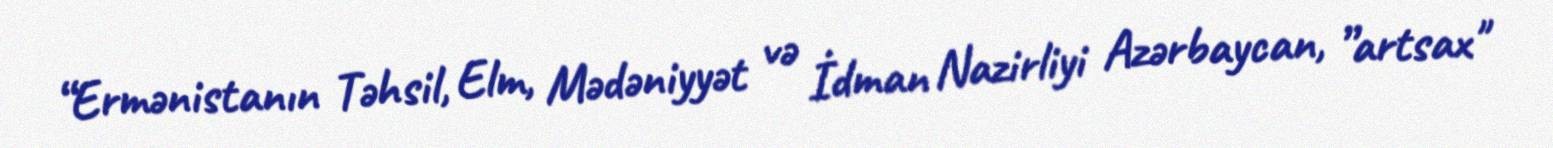
“Ermənistanın Təhsil, Elm, Mədəniyyət və İdman Nazirliyi Azərbaycan, ”artsax"